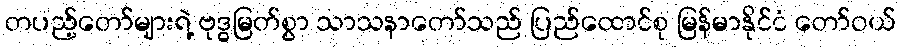
တပည့်တော်များရဲ့ ဗုဒ္ဓမြတ်စွာ သာသနာတော်သည် ပြည်ထောင်စု မြန်မာနိုင်ငံ တော်ဝယ်